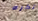
تكره